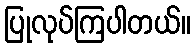
ပြုလုပ်ကြပါတယ်။